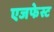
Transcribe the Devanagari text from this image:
एजफेस्ट